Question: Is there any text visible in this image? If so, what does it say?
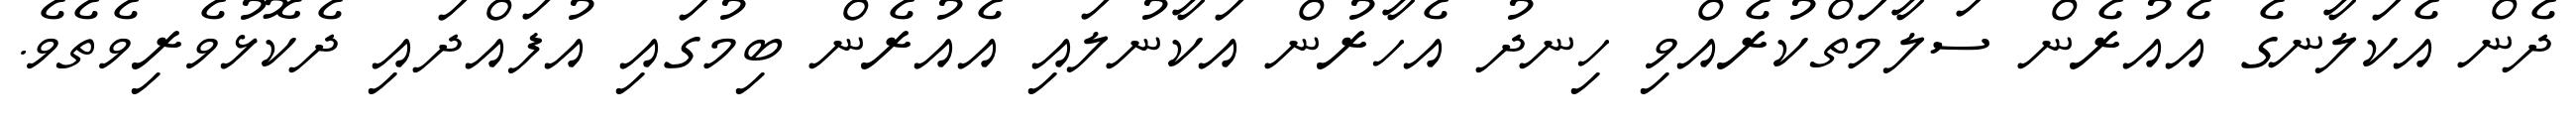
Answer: ދެން އެކަލާނގެ އެއުރެން ސަލާމަތްކުރެއްވި ހިނދު އެހާރުން އަކާނުލައި އެއުރެން ބިމުގައި އުފައްދައި ދެކޮޅުވެރިވެތެވެ.